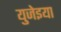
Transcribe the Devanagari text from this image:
युजेइया